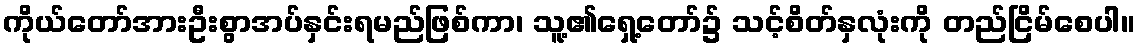
ကိုယ်တော်အားဦးစွာအပ်နှင်းရမည်ဖြစ်ကာ၊ သူ့၏ရှေ့တော်၌ သင့်စိတ်နှလုံးကို တည်ငြိမ်စေပါ။